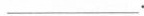
___。